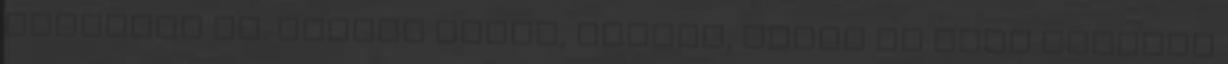
ételként is. Nagyon finom, színes, vidám és elég gyorsan